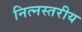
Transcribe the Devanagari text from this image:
नित्नस्तरीय